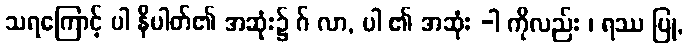
သရကြောင့် ပါ နိပါတ်၏ အဆုံး၌ ဂ် လာ, ပါ ၏ အဆုံး -ါ ကိုလည်း ၊ ရဿ ပြု,